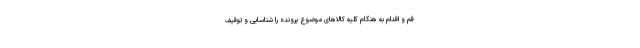
قم و اقدام به هنگام کلیه کالا‌های موضوع پرونده را شناسایی و توقیف